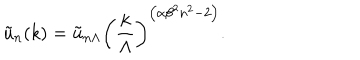
{ \tilde { u } _ { n } ( k ) } = { \tilde { u } _ { n \Lambda } } \left( { \frac { k } { \Lambda } } \right) ^ { \left( \alpha { \beta ^ { 2 } } n ^ { 2 } - 2 \right) } .